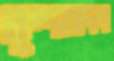
বৃন্দবাদন